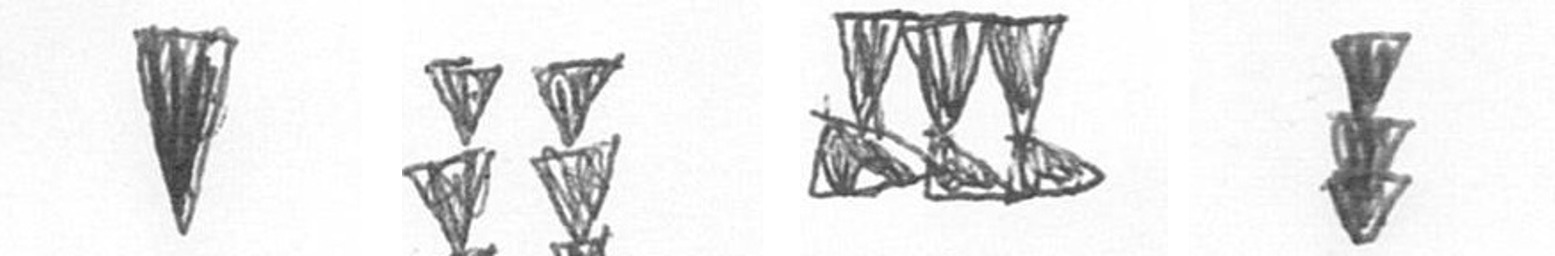
J Y D E